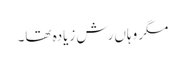
مگر وہاں رش زیادہ تھا۔